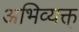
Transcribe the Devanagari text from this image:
अभिव्यक्त्